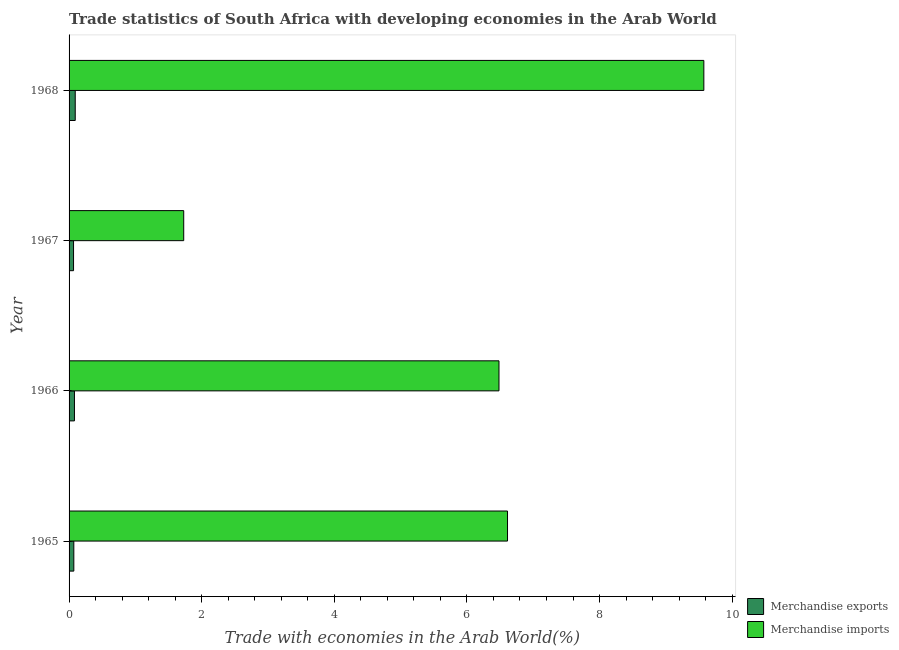
| Year | Merchandise exports | Merchandise imports |
 | --- | --- | --- |
 | 1965 | 0.0716 | 6.61 |
 | 1966 | 0.0812 | 6.48 |
 | 1967 | 0.0674 | 1.73 |
 | 1968 | 0.0931 | 9.57 |